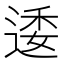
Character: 逶